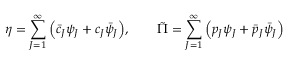
\eta = \sum _ { J = 1 } ^ { \infty } \Big ( \bar { c } _ { J } \psi _ { J } + c _ { J } \bar { \psi } _ { J } \Big ) , \qquad \tilde { \Pi } = \sum _ { J = 1 } ^ { \infty } \Big ( { p } _ { J } \psi _ { J } + \bar { p } _ { J } \bar { \psi } _ { J } \Big )